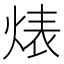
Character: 𱫑